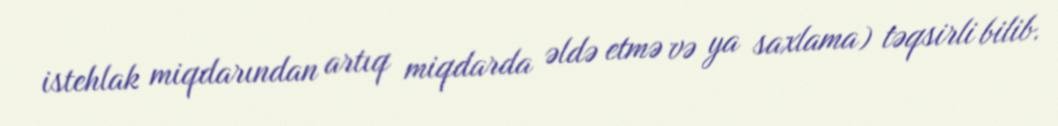
istehlak miqdarından artıq miqdarda əldə etmə və ya saxlama) təqsirli bilib.